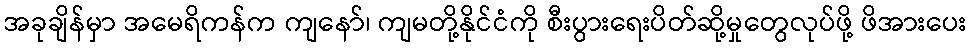
အခုချိန်မှာ အမေရိကန်က ကျနော်၊ ကျမတို့နိုင်ငံကို စီးပွားရေးပိတ်ဆို့မှုတွေလုပ်ဖို့ ဖိအားပေး